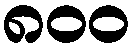
၈၀၀